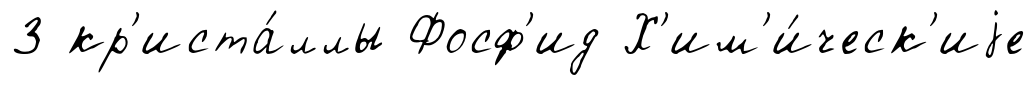
3 кр'иста́ллы Фосф'ид Х'им'и́ческ'иjе